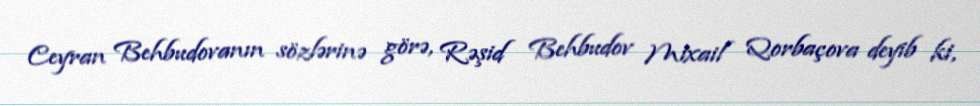
Ceyran Behbudovanın sözlərinə görə, Rəşid Behbudov Mixail Qorbaçova deyib ki,